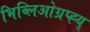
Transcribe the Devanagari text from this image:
भिब्लिओग्रप्ह्य्